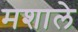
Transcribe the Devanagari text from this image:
मशाले